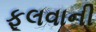
ફૂલવાની